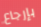
بإرجاع